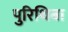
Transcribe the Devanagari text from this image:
पुरिथिबा